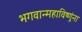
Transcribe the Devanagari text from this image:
भगवान्महाविष्णूंना